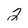
Character: 2